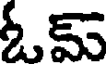
ఓమ్